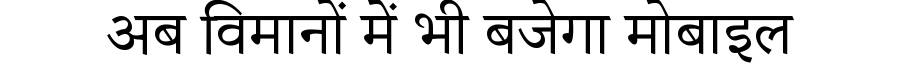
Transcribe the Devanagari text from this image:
अब विमानों में भी बजेगा मोबाइल